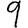
Digit: 9